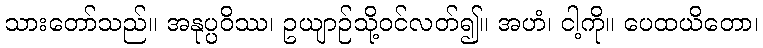
သားတော်သည်။ အနုပ္ပဝိဿ၊ ဥယျာဉ်သို့ဝင်လတ်၍။ အဟံ၊ ငါ့ကို။ ပေထယိတော၊